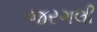
જરગલી